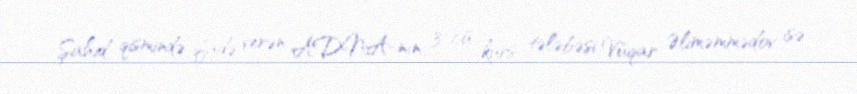
Şahid qismində ifadə verən ADNA-nın 3-cü kurs tələbəsi Vüqar Əliməmmədov isə